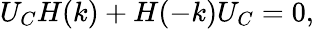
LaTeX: {U_{C}H(k)+H(-k)U_{C}=0,}